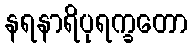
နရနာရိပုရက္ခတော